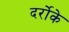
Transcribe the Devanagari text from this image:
दर्रोके